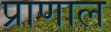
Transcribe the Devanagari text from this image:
प्राणाल